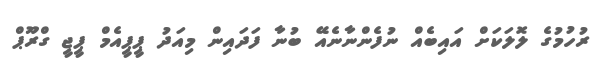
ރުހުމުގެ ލޮލަކަށް އައިބެއް ނުފެންނާނެއޭ ބުނާ ފަދައިން މިއަދު ޕީޕީއެމް ޕީޖީ ގްރޫޕް